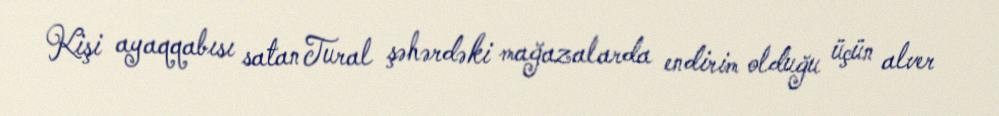
Kişi ayaqqabısı satan Tural şəhərdəki mağazalarda endirim olduğu üçün alver